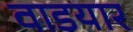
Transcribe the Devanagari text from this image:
वाडयार